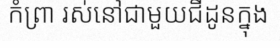
កំព្រា រស់នៅជាមួយជីដូនក្នុង